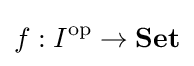
f:I^{\text{op}}\to \mathbf {Set}